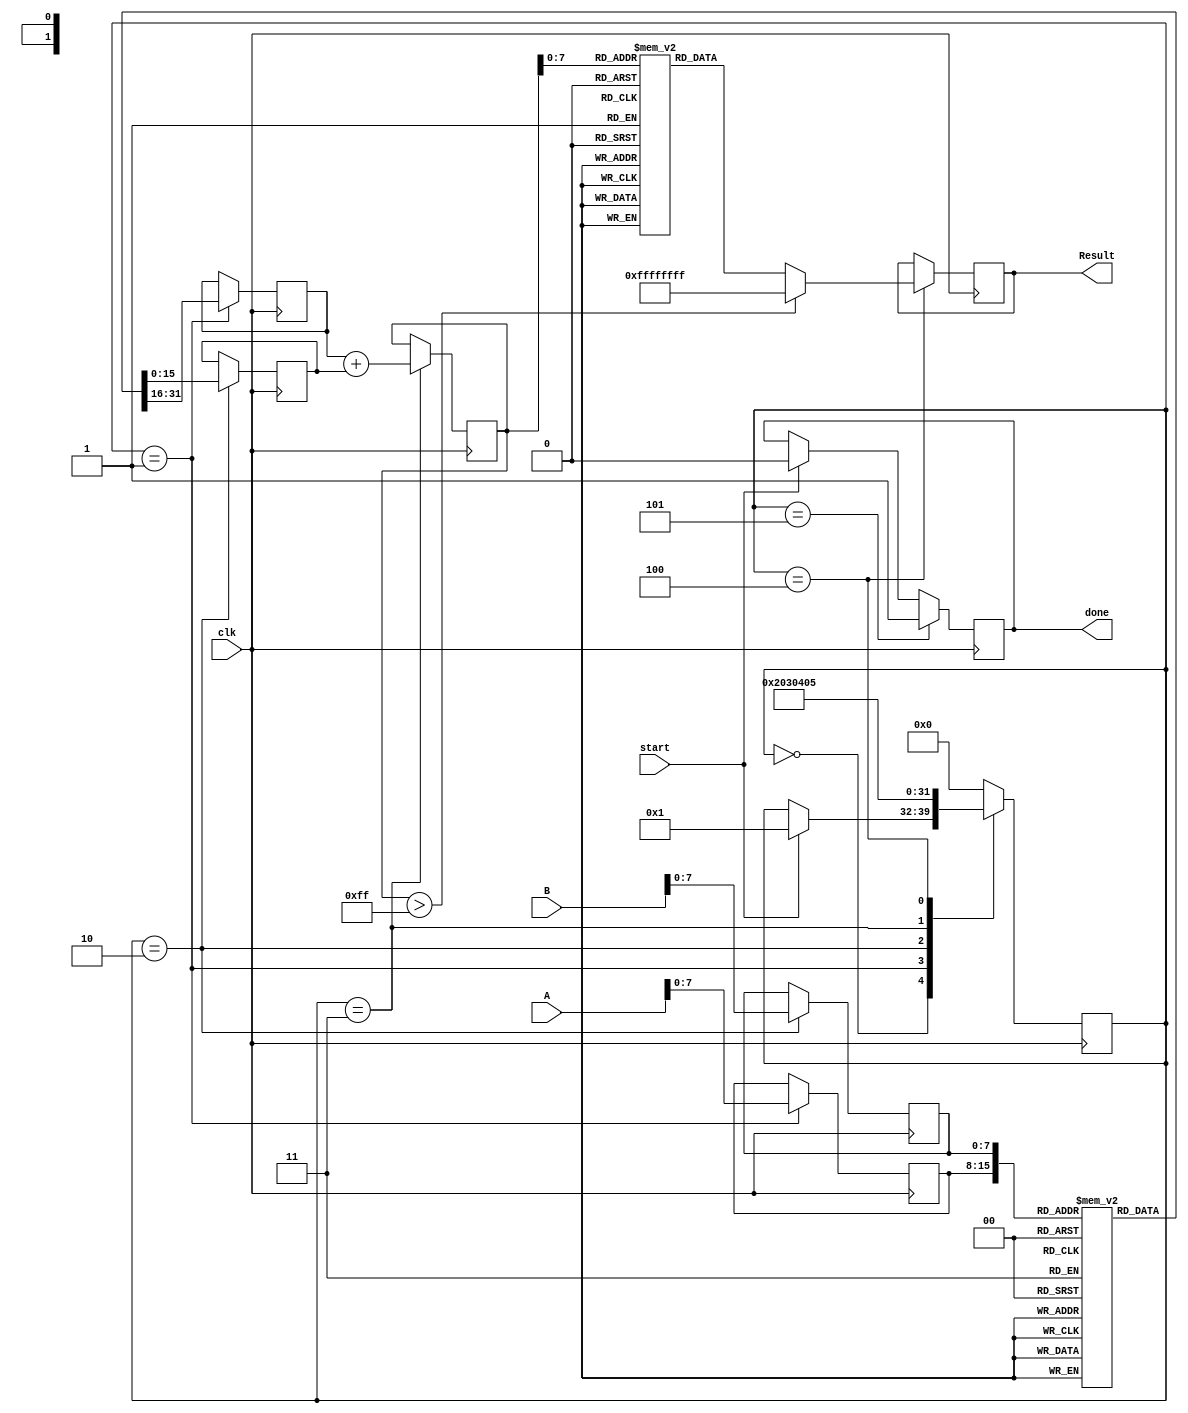
module LogarithmicMultiplier (
    input wire [15:0] A,       // Input operand A
    input wire [15:0] B,       // Input operand B
    output reg [31:0] Result,   // Output result
    input wire clk,             // Clock signal
    input wire start,           // Start signal for operation
    output reg done             // Done signal
);

    // LUTs for logarithm and exponential functions (example values)
    // In practice, these would be filled with actual logarithm and exponential values
    reg [15:0] logLUT [0:255];  // Logarithmic LUT
    reg [31:0] expLUT [0:255];   // Exponential LUT

    // Internal signals
    reg [15:0] logA;            // Logarithmic value of A
    reg [15:0] logB;            // Logarithmic value of B
    reg [15:0] logResult;       // Logarithmic result (logA + logB)
    reg [7:0] state;            // State variable
    reg [7:0] indexA;           // Index for logA
    reg [7:0] indexB;           // Index for logB

    // State encoding
    localparam IDLE       = 0;
    localparam LOG_A      = 1;
    localparam LOG_B      = 2;
    localparam ADD_LOG    = 3;
    localparam EXP_RESULT  = 4;
    localparam FINISH     = 5;

    // Initialization of LUTs (for demonstration purposes)
    initial begin
        // Populate logLUT and expLUT with appropriate values
        // This is a placeholder. Actual values need to be calculated.
        // Example: logLUT[0] = 0, logLUT[1] = 1, ..., logLUT[255] = 255
        // Example: expLUT[0] = 1, expLUT[1] = 2, ..., expLUT[255] = 255
    end

    // State machine for processing
    always @(posedge clk) begin
        if (start) begin
            state <= LOG_A;
            done <= 0;
        end
        
        case (state)
            IDLE: begin
                // Wait for start signal
            end

            LOG_A: begin
                // Convert A to logarithmic form
                indexA <= A[7:0];  // Assuming A is within range for LUT
                logA <= logLUT[indexA];
                state <= LOG_B;
            end

            LOG_B: begin
                // Convert B to logarithmic form
                indexB <= B[7:0];  // Assuming B is within range for LUT
                logB <= logLUT[indexB];
                state <= ADD_LOG;
            end

            ADD_LOG: begin
                // Add logarithmic values
                logResult <= logA + logB;
                state <= EXP_RESULT;
            end

            EXP_RESULT: begin
                // Convert back to exponential form
                // Limiting the index based on logResult
                if (logResult > 255) begin
                    Result <= 32'hFFFFFFFF; // Handle overflow
                end else begin
                    Result <= expLUT[logResult[7:0]];
                end
                state <= FINISH;
            end

            FINISH: begin
                done <= 1; // Indicate operation is complete
                state <= IDLE; // Reset state
            end

            default: state <= IDLE; // Default state
        endcase
    end
endmodule